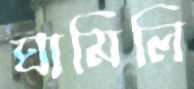
ঘামিলি